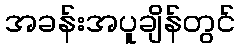
အခန်းအပူချိန်တွင်